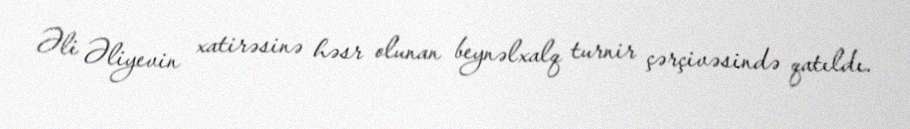
Əli Əliyevin xatirəsinə həsr olunan beynəlxalq turnir çərçivəsində qatıldı.